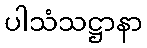
ပါသံသဋ္ဌာနာ